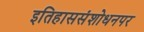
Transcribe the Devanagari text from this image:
इतिहाससंशोधनपर